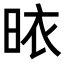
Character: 𭥾